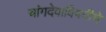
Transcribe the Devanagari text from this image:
चांगदेवाविषयीचे